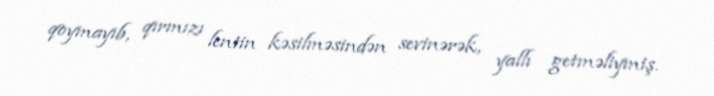
qoymayıb, qırmızı lentin kəsilməsindən sevinərək, yallı getməliymiş.